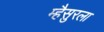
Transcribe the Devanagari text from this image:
म्हैसुरला